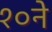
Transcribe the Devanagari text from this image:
१०ने